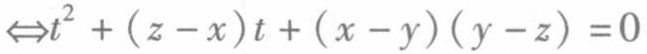
$\Leftrightarrow t^{2}+(z - x)t+(x - y)(y - z)=0$